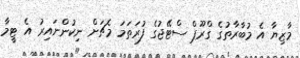
މާޒިޔާ އެ މުބާރާތުގެ ގްރޫޕް ސްޓޭޖުގެ ފުރަތަމަ މެޗަށް ނިކުންނައިރު އެ ޓީމާ